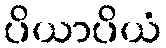
ပိယာပိယံ